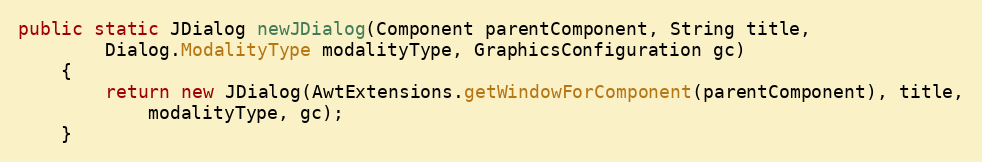
Language: Java
public static JDialog newJDialog(Component parentComponent, String title,
		Dialog.ModalityType modalityType, GraphicsConfiguration gc)
	{
		return new JDialog(AwtExtensions.getWindowForComponent(parentComponent), title,
			modalityType, gc);
	}